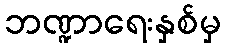
ဘဏ္ဍာရေးနှစ်မှ